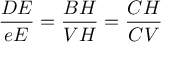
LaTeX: { \frac { D E } { e E } } = { \frac { B H } { V H } } = { \frac { C H } { C V } }